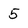
Character: 5